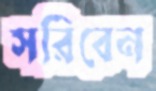
সরিবেন